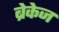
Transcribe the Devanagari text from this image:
ब्रेकेज